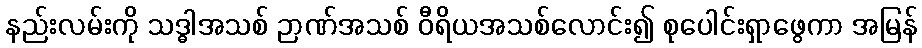
နည်းလမ်းကို သဒ္ဓါအသစ် ဉာဏ်အသစ် ဝီရိယအသစ်လောင်း၍ စုပေါင်းရှာဖွေကာ အမြန်